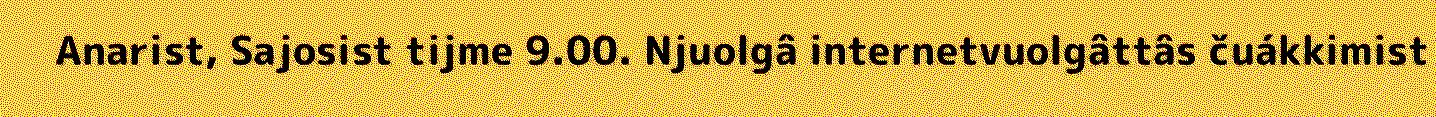
Anarist, Sajosist tijme 9.00. Njuolgâ internetvuolgâttâs čuákkimist